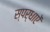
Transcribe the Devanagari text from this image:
स्पर्धाऐं